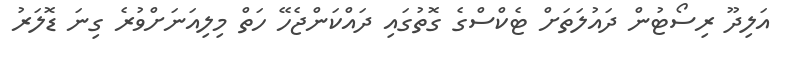
އަލިދޫ ރިސޯޓުން ދައުލަތަށް ޓެކްސްގެ ގޮތުގައި ދައްކަންޖެހޭ ހަތް މިލިއަނަށްވުރެ ގިނަ ޑޮލަރު